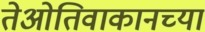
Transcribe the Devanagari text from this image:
तेओतिवाकानच्या